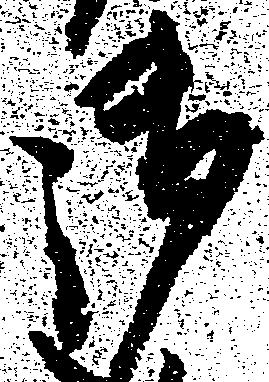
御